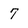
Character: 7